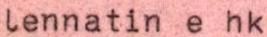
Lennatin e hk